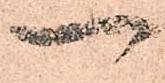
一